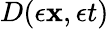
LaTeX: D(\epsilon{\mathbf{x}},\epsilon t)